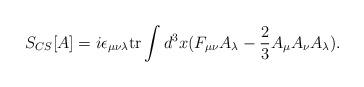
LaTeX: \begin{align*}S_{CS}[A] = i \epsilon_{\mu\nu\lambda} {\rm tr} \int d^3x ( F_{\mu \nu} A_{\lambda} - \frac{2}{3} A_{\mu}A_{\nu}A_{\lambda} ) .\end{align*}